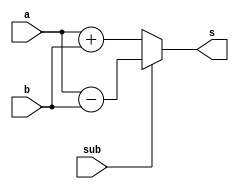
`timescale 1ns / 1ps
//   
module cla32 (a,b,sub,s);
	input [31:0] a,b;
	input sub;
	output [31:0] s;
	assign s = sub ? a - b : a + b;
endmodule